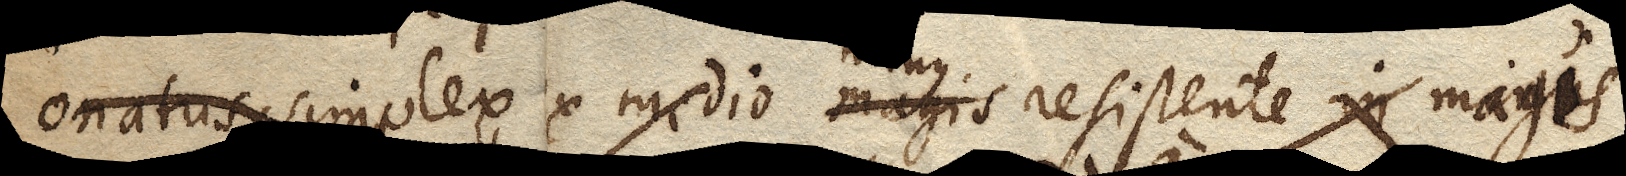
Conatus simplex ex medio magis minus resistente in magis